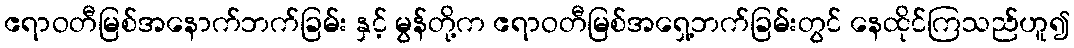
ဧရာဝတီမြစ်အနောက်ဘက်ခြမ်း နှင့် မွန်တို့က ဧရာဝတီမြစ်အရှေ့ဘက်ခြမ်းတွင် နေထိုင်ကြသည်ဟူ၍